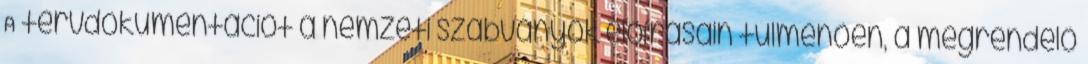
A tervdokumentációt a nemzeti szabványok elõírásain túlmenõen, a megrendelõ